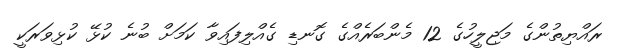
ރައްޔިތުންގެ މަޖިލީހުގެ 12 މެންބަރެއްގެ ގޮނޑި ގެއްލިފައިވާ ކަމަށް ބުނެ ކުޅޭ ކުޅިވަރަކީ